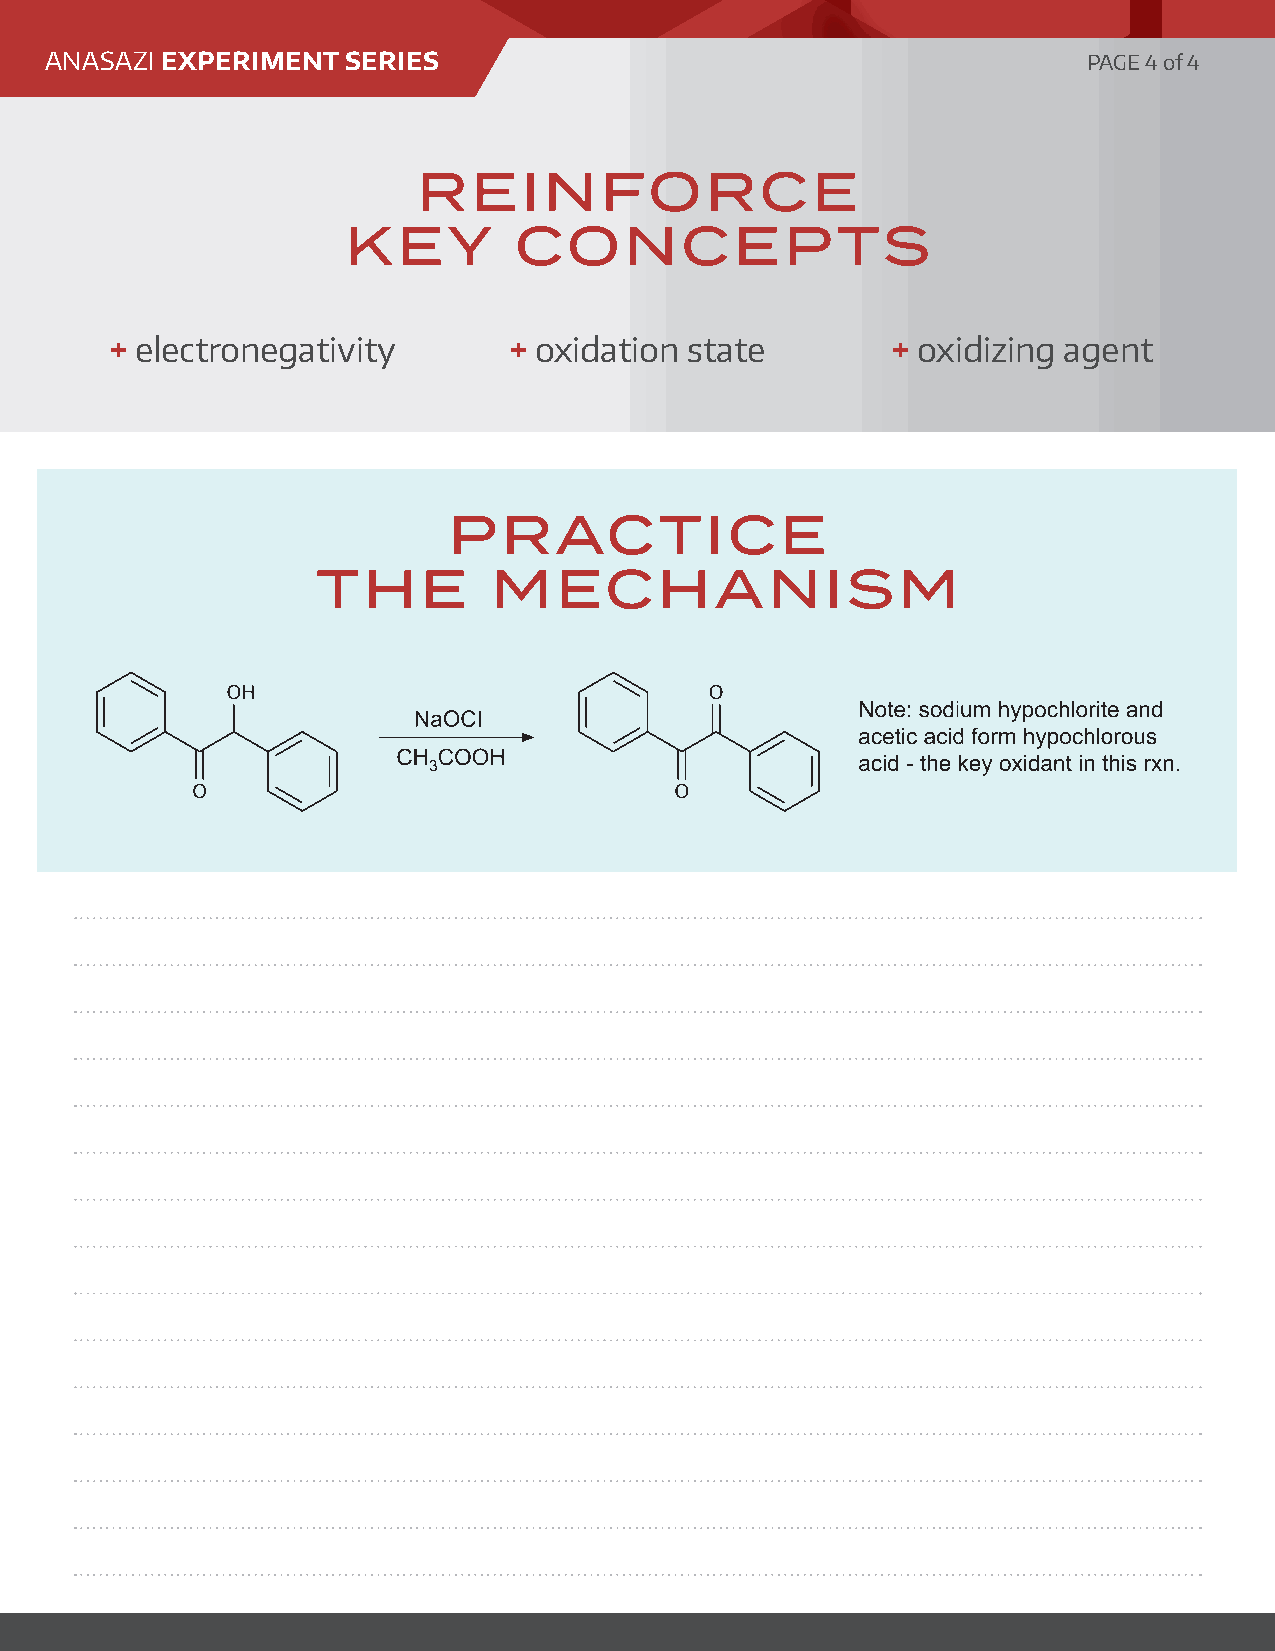
ANASAZI EXPERIMENT  SERIES                                           PAGE 4 of 4
 REINFORCE
 KEY        CONCEPTS
 + electronegativity        + oxidation state        + oxidizing agent
 PRACTICE
 THE         MECHANISM